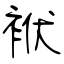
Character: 袱